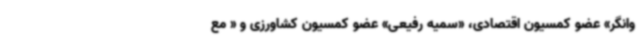
وانگر» عضو کمسیون اقتصادی، «سمیه رفیعی» عضو کمسیون کشاورزی و « مع